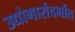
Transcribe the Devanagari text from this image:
उद्योगासंदर्भात